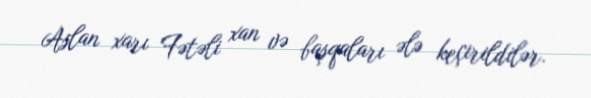
Aslan xarı Fətəli xan və başqaları ələ keçirildilər.